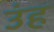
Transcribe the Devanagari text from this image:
उंह